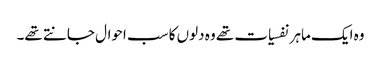
وہ ایک ماہر نفسیات تھے وہ دلوں کا سب احوال جانتے تھے۔